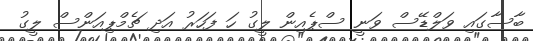
ބާސާގައި ވަލްޑޭސް ވަނީ ސްޕެއިން ލީގު ހަ ފަހަރު އަދި ޗެމްޕިއަންސް ލީގު